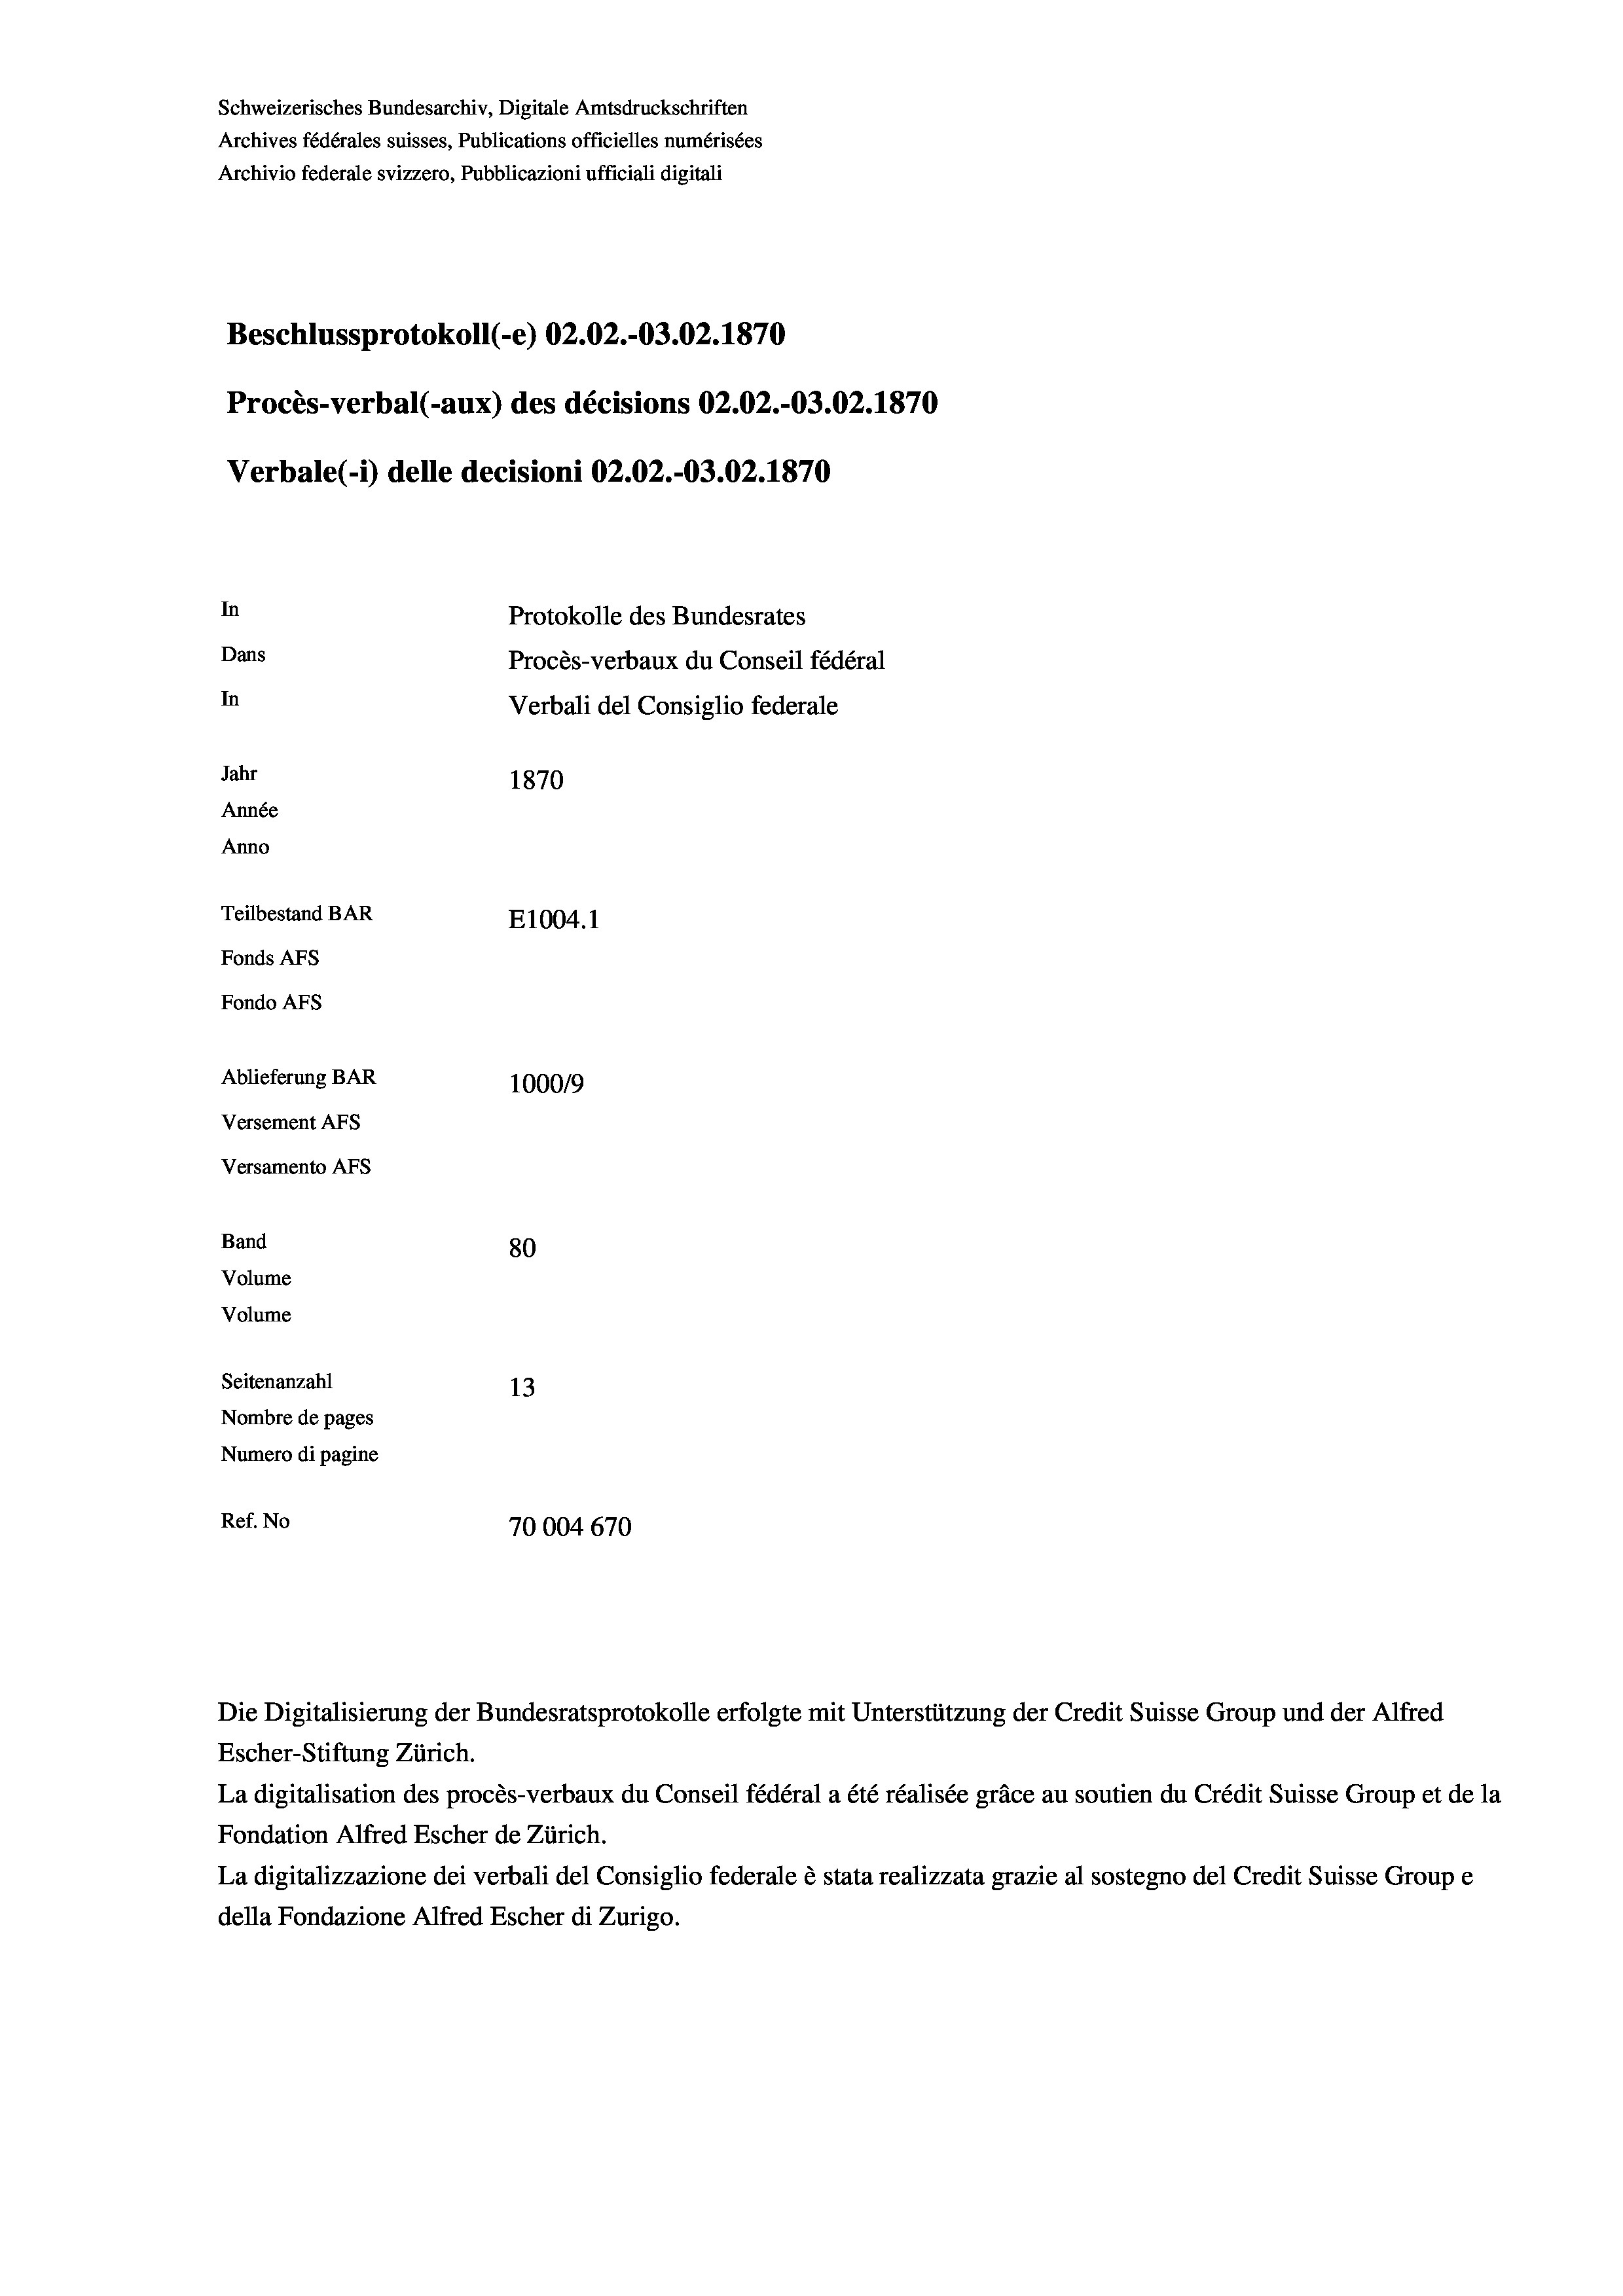
Schweizerisches Bundesarchiv, Digitale Amtsdruckschriften
Archives fédérales suisses, Publications officielles numérisées
Archivio federale svizzero, Pubblicazioni ufficiali digitali
Beschlussprotokoll (-e) 02.02.-03.02. 1870
Procès-verbal (-aux) des décisions 02.02.-03.02. 1870
Verbale (- 1) delle decisioni 02.02.-03.02. 1870
In
Protokolle des Bundesrates
Dans
Procès-verbaux du Conseil fédéral
In
Verbali del Consiglio federale
Jahr
1870
Année
Anno
Teilbestand BAR
E1004. 1
Fonds AFs
Fondo AFS
Ablieferung BAR
100019
Versement AFs
Versamento AFs
Band
80
Volume
Volume
Seitenanzahl
13
Nombre de pages
Numero di pagine
Ref. No
70004670

Escher-Stiftung Zürich.
La digitalisation des procès-verbaux du Conseil fédéral a été réalisée gräce au soutien du Crédit Suisse Group et de la
Fondation Alfred Escher de Zürich.
La digitalizzazione dei verbali del Consiglio federale è stata realizzata grazie al sostegno del Credit Suisse Groupe
della Fondazione Alfred Escher di Zurigo.

Die Digitalisierung der Bundesratsprotokolle erfolgte mit Unterstützung der Credit Suisse Group und der Alfred